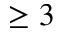
\ge 3